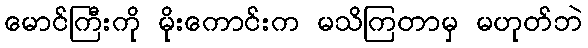
မောင်ကြီးကို မိုးကောင်းက မသိကြတာမှ မဟုတ်ဘဲ